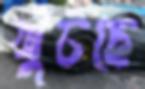
খুঁটছে